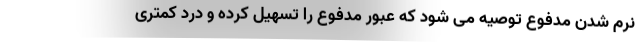
نرم شدن مدفوع توصیه می شود که عبور مدفوع را تسهیل کرده و درد کمتری